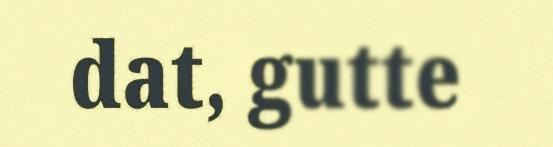
dat, gutte